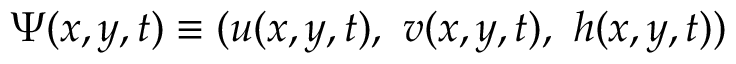
\Psi ( x , y , t ) \equiv ( u ( x , y , t ) , ~ v ( x , y , t ) , ~ h ( x , y , t ) )